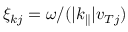
\xi _ { k j } = \omega / ( | k _ { \parallel } | v _ { T j } )